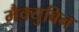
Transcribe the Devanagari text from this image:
मैक्युबिन